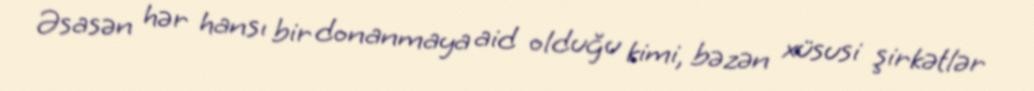
Əsasən hər hansı bir donanmaya aid olduğu kimi, bəzən xüsusi şirkətlər